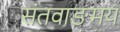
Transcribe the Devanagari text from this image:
संतवाङमय